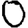
Digit: 0